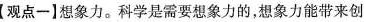
【观点一]想象力。科学是需要想象力的，想象力能带来创